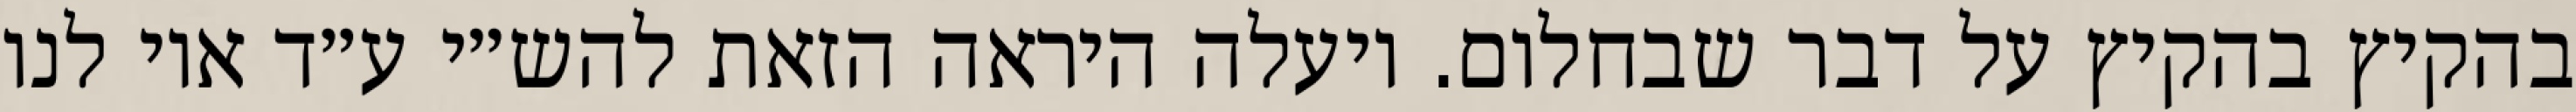
בהקיץ בהקיץ על דבר שבחלום. ויעלה היראה הזאת להש״י ע״ד אוי לנו